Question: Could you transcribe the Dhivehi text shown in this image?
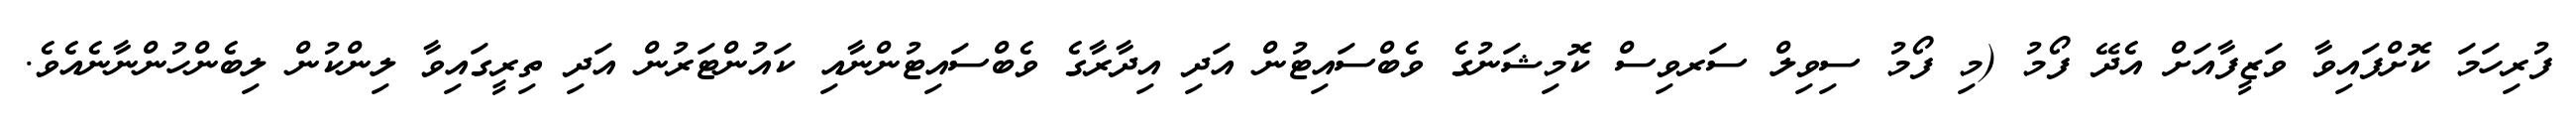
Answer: ފުރިހަމަ ކޮށްފައިވާ ވަޒީފާއަށް އެދޭ ފޯމު (މި ފޯމު ސިވިލް ސަރވިސް ކޮމިޝަނުގެ ވެބްސައިޓުން އަދި އިދާރާގެ ވެބްސައިޓުންނާއި ކައުންޓަރުން އަދި ތިރީގައިވާ ލިންކުން ލިބެންހުންނާނެއެވެ.